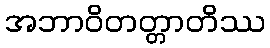
အဘာဝိတတ္တာတိဿ